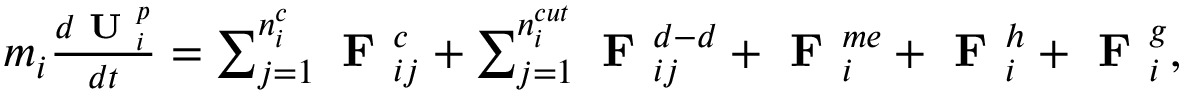
\begin{array} { r } { m _ { i } \frac { d \textbf { U } _ { i } ^ { p } } { d t } = \sum _ { j = 1 } ^ { n _ { i } ^ { c } } { \textbf { F } _ { i j } ^ { c } } + \sum _ { j = 1 } ^ { n _ { i } ^ { c u t } } { \textbf { F } _ { i j } ^ { d - d } } + \textbf { F } _ { i } ^ { m e } + \textbf { F } _ { i } ^ { h } + \textbf { F } _ { i } ^ { g } , } \end{array}